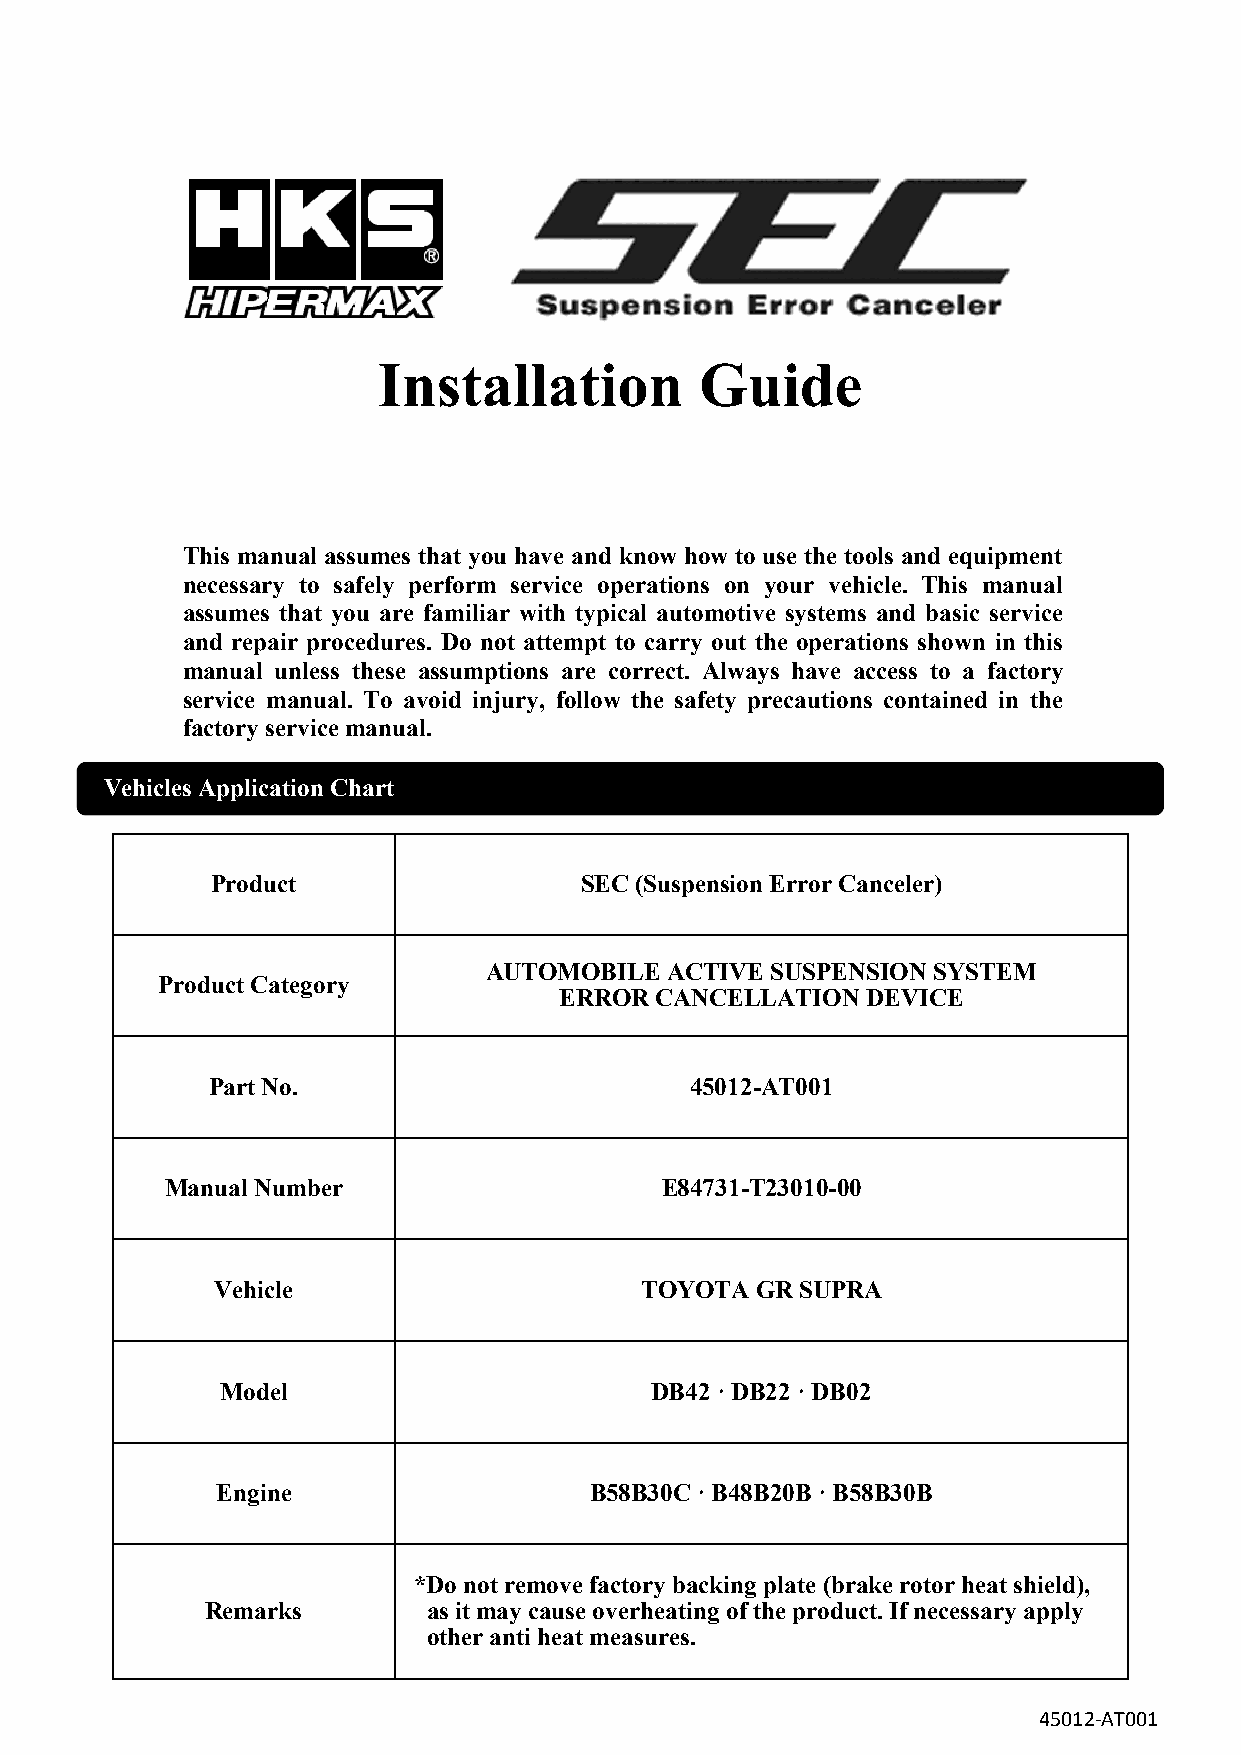
Installation         Guide
 This manual assumes that you have and know how to use the tools and equipment
 necessary to safely perform service operations on your vehicle. This manual
 assumes that you are familiar with typical automotive systems and basic service
 and repair procedures. Do not attempt to carry out the operations shown in this
 manual unless these assumptions are correct. Always have access to a factory
 service manual. To avoid injury, follow the safety precautions contained in the
 factory service manual.
 Vehicles Application Chart
 Product                 SEC (Suspension Error Canceler)
 AUTOMOBILE  ACTIVE SUSPENSION SYSTEM
 Product Category
 ERROR CANCELLATION  DEVICE
 Part No.                        45012-AT001
 Manual Number                    E84731-T23010-00
 Vehicle                     TOYOTA  GR SUPRA
 Model                       DB42 · DB22 · DB02
 Engine                   B58B30C · B48B20B · B58B30B
 *Do not remove factory backing plate (brake rotor heat shield),
 Remarks       as it may cause overheating of the product. If necessary apply
 other anti heat measures.
 45012-AT001